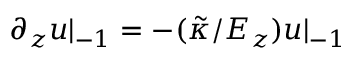
\partial _ { z } u | _ { - 1 } = - ( \tilde { \kappa } / E _ { z } ) u | _ { - 1 }